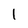
Character: 1